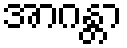
အာဂန္တာ